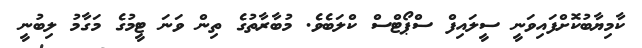
ކާމިޔާބުކޮށްފައިވަނީ ސީލައިފް ސްޕޯޓްސް ކްލަބެވެ. މުބާރާތުގެ ތިން ވަނަ ޓީމުގެ މަގާމު ލިބުނީ